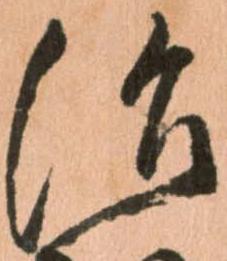
治